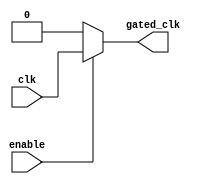
module clock_gating (
    input wire clk,          // Primary clock signal
    input wire enable,       // Enable signal for clock gating
    output reg gated_clk     // Gated clock output
);

    always @(*) begin
        if (enable) begin
            gated_clk = clk; // Pass the clock when enabled
        end else begin
            gated_clk = 1'b0; // Disable the clock when not enabled
        end
    end

endmodule